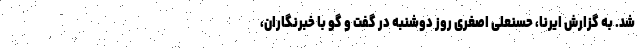
شد. به گزارش ایرنا، حسنعلی اصغری روز دوشنبه در گفت و گو با خبرنگاران،